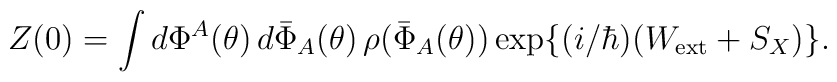
Z(0) = \int d \Phi^A(\theta) \, d \bar{\Phi}_A(\theta) \,\rho(\bar{\Phi}_A(\theta)) \exp\{ (i/ \hbar) ( W_{\rm ext} + S_X ) \}.